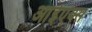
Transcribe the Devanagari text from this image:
आईएक्स